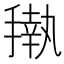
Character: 𰔟